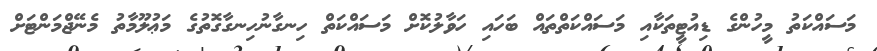
މަސައްކަތު މީހުންގެ ޑިއުޓީތަކާއި މަސައްކަތްތައް ބަހައި ހަވާލުކޮށް މަސައްކަތް ހިނގާނުހިނގާގޮތުގެ މަޢުލޫމާތު މެނޭޖްމަންޓަށް